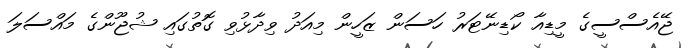
ޖޭއެސްސީގެ މީޑިއާ ކޯޑިނޭޓަރު ހަސަން ޒަހީން މިއަދު ވިދާޅުވި ގޮތުގައި ޝުޖޫންގެ މައްސަލަ